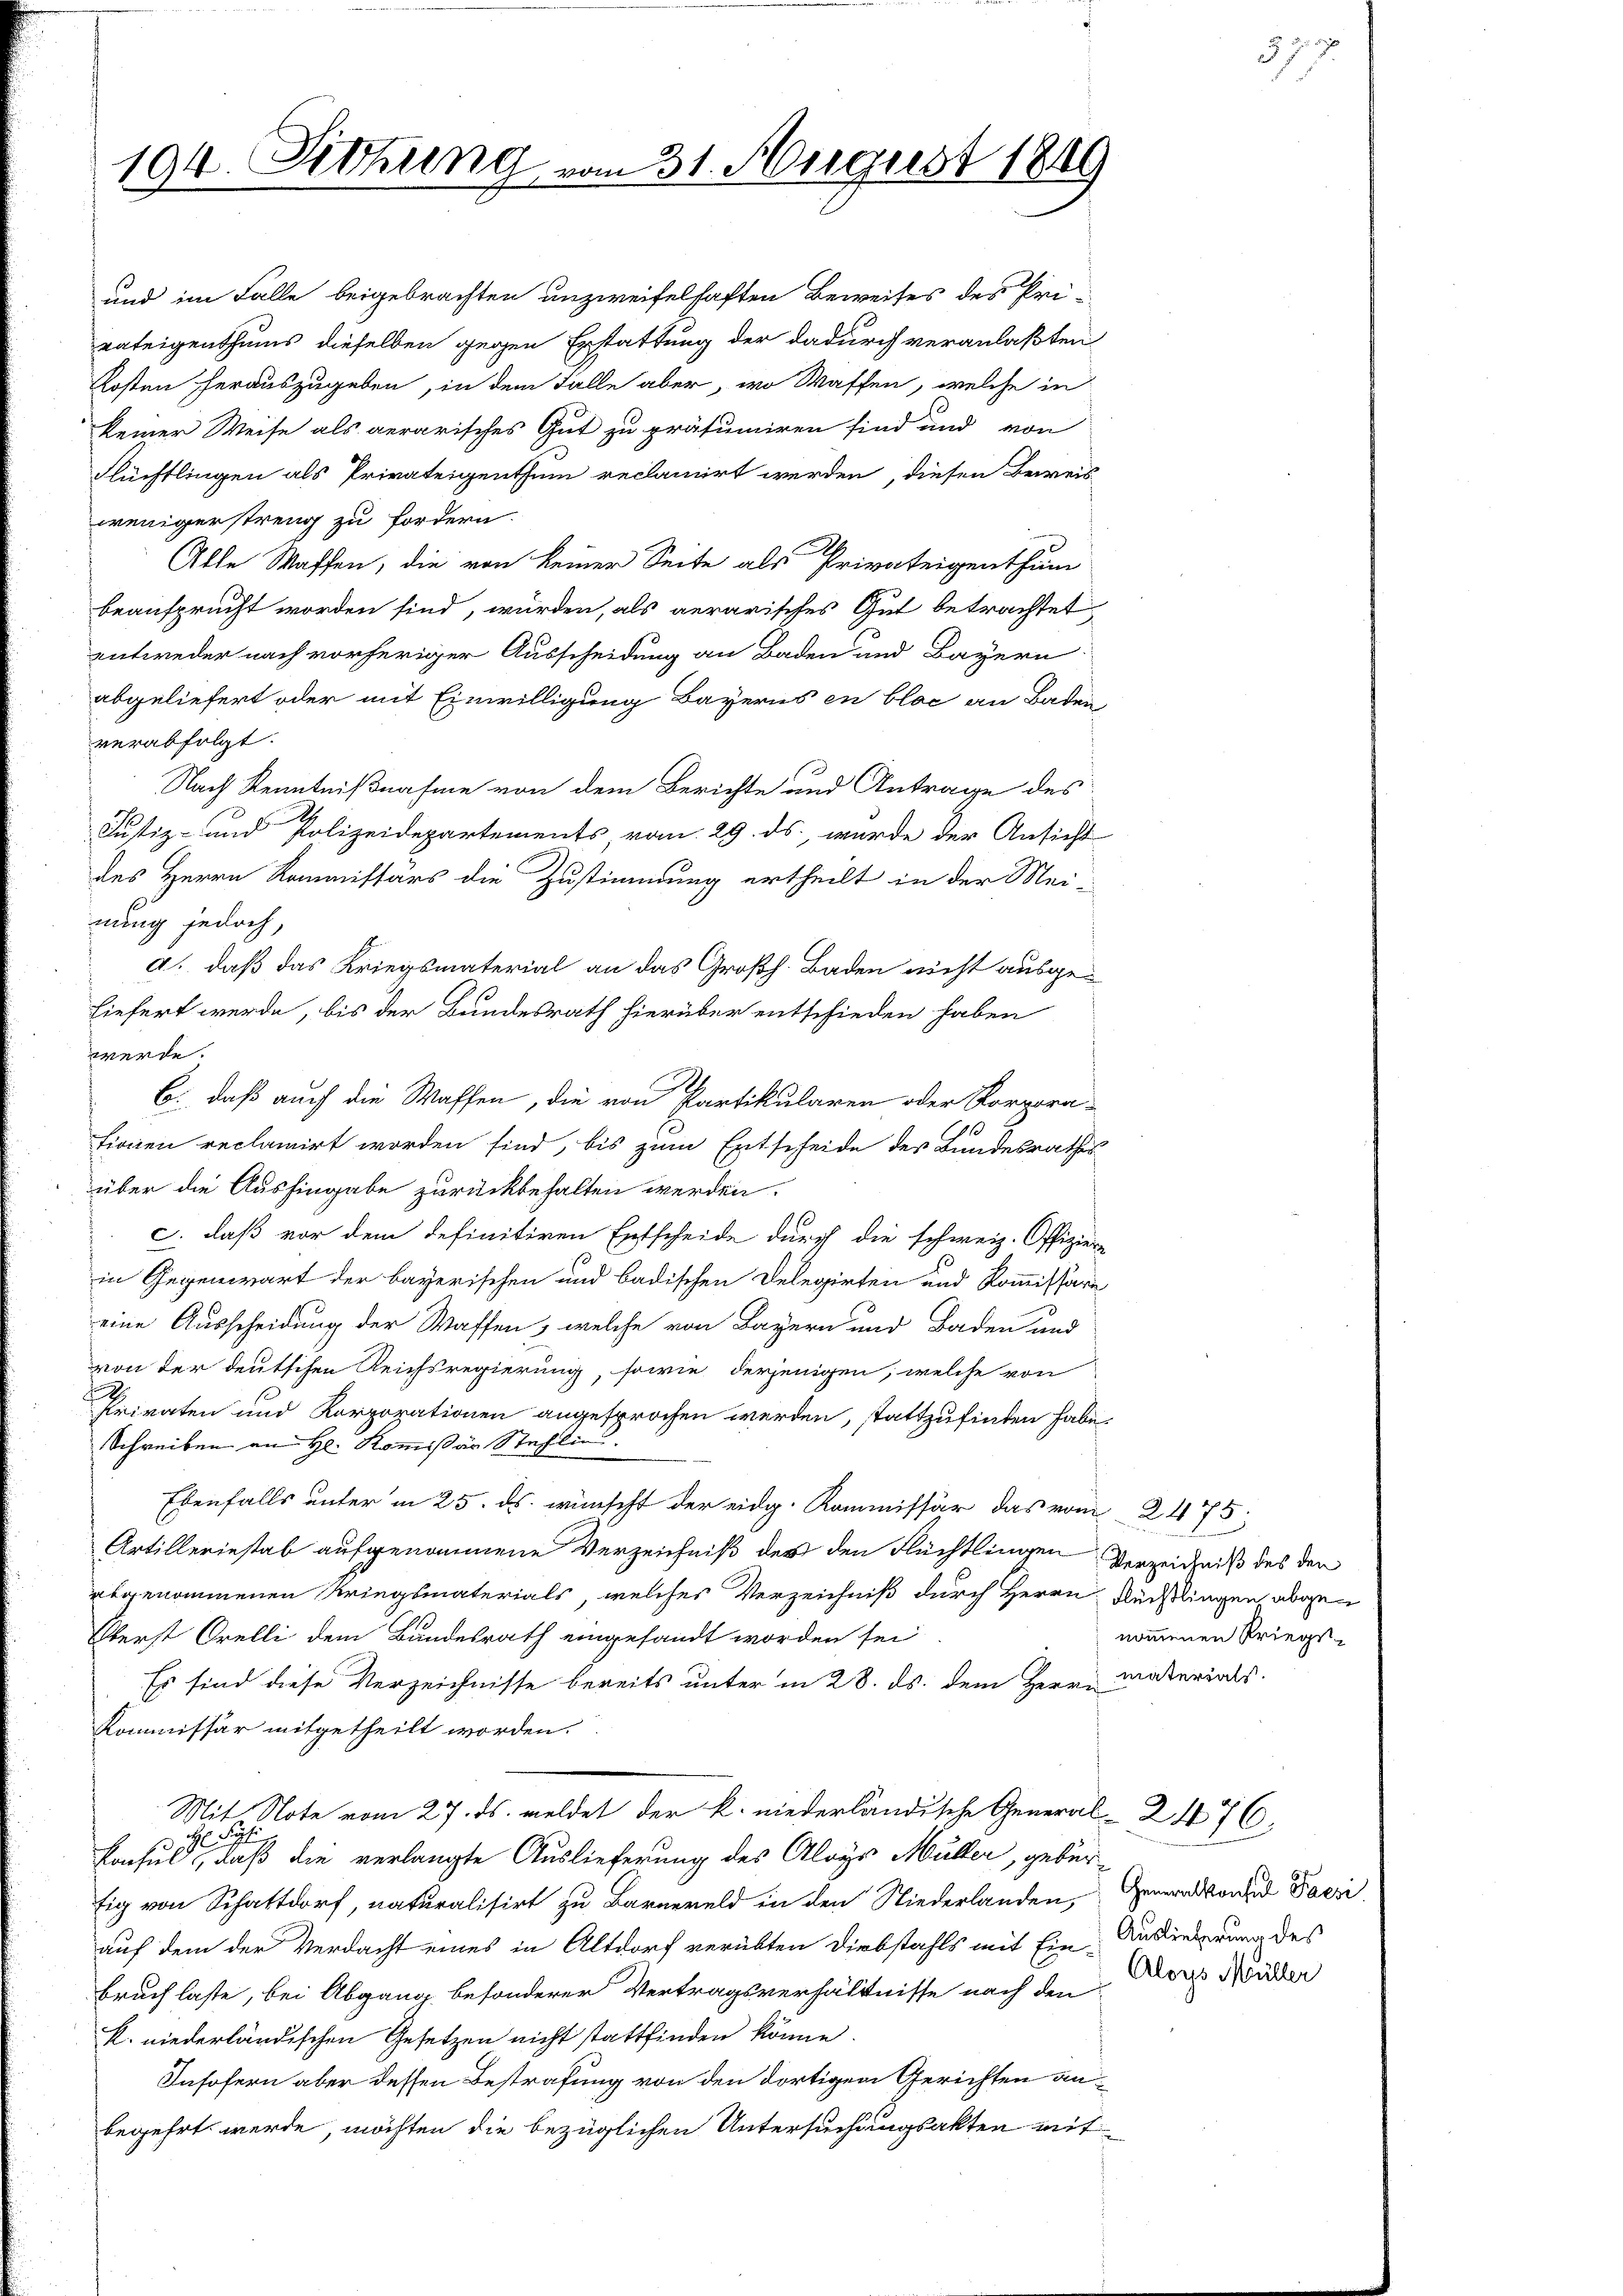
194. Deckung vom 31. August 1849

und im Falle beigebrachten unzweifelhaften Beweises des Pri-
vateigenthums dieselben gegen Erstattung der dadurch veranlaßten
Kosten herauszugeben, in dem Falle aber, wo Waffen, welche in
keiner Weise als aerarisches Gut zu präsumiren sind und von
Flüchtlingen als Privateigenthum reclamirt werden, diesen Beweis-
wenigerstreng zu fordern.
Alle Waffen, die von keiner Seite als Privateigenthum
beansprucht worden sind, würden, als gerarisches Gut betrachtet
entweder nach vorheriger Ausscheidung an Baden und Bayern
abgeliefert oder mit Einwilligung Bayerns en bloc an Baden
verabfolgt.
Nach Kenntnißnahme von dem Berichte und Antrage des
Justiz- und Polizeidepartements, vom 29. ds. wurde der Ansicht
des Herrn Kommissärs die Zustimmung ertheilt in der Mei-
nung jedoch,
d. daß das Kriegsmaterial an das Großh. Baden nicht ausgehiefert werde, bis der Bundesrath hierüber entschieden haben
werde.
b. daß auch die Waffen, die von Partikularen oder Korporafionen reclamirt worden sind, bis zum Entscheide des Bundesraths-
über die Aushingabe zurückbehalten werden.
c. daß vor dem definitiven Entscheide durch die schweiz. Offiziere
in Gegenwart der bayerischen und badischen Delegirten und Kommissäre
eine Ausscheidung der Waffen, welche von Bayern und Baden und
von der deutschen Reichsregierung, sowie derjenigen, welche von
Privaten und Korporationen angesprochen werden, stattzufinden habe.
Schreiben an H. Kommißär Stechlin
Ebenfalls unter in 25. ds. wünscht der eidg. Kommissär das vom 2475.
Artilleriestab aufgenommene Verzeichniß der den Flüchtlingen Verzeichniß des den
abgenommenen Kriegsmaterials, welches Verzeichniß durch Herrn Feißlingen abge¬
Oberst Orelli dem Bundesrath eingesandt worden sei
Es sind diese Verzeichnisse bereits unter in 28. ds. dem Herrn Materials.
Kommissär mitgetheilt worden.
Mit Note vom 27. ds. meldet der k. niederländische General-Z 176,
 S
.
Konsul, daß die verlangte Auslieferung des Aloys Müller, gebür
fig von Schattdorf, naturalisirt zu Barnereld in den Niederlanden,
auf dem der Verdacht eines in Altdorf verübten Diebstahls mit Ein-Ansiederung des
bruch laste, bei Abgang besonderer Vertragsverhältnisse nach den
R. niederländischen Gesetzen nicht stattfinden könne.
Insofern aber dessen Bestrafung von den dortigen Gerichten anbegehrt werde, möchten die bezüglichen Untersuchungsakten mit

nommenen Kriegs¬

373

Generalkonsul Paesi
Alorps Müller